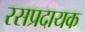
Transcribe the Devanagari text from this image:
रसप्रदायक